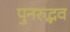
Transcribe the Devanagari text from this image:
पुनरुद्भव